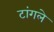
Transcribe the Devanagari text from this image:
टांगले